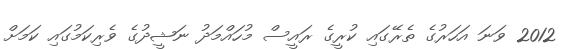
2012 ވަނަ އަހަރުގެ ތެރޭގައި ކުރީގެ ރައީސް މުހައްމަދު ނަޝީދުގެ ވެރިކަމުގައި ކަމަށް